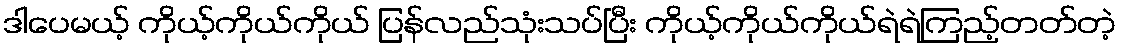
ဒါပေမယ့် ကိုယ့်ကိုယ်ကိုယ် ပြန်လည်သုံးသပ်ပြီး ကိုယ့်ကိုယ်ကိုယ်ရဲရဲကြည့်တတ်တဲ့